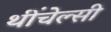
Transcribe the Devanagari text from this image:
थींचेल्सी